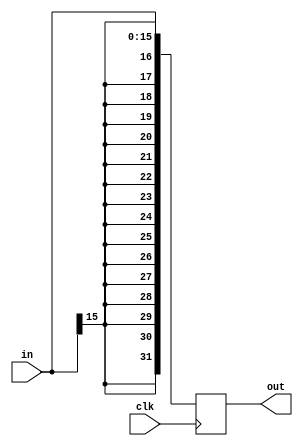
`timescale 1ns / 1ps
//////////////////////////////////////////////////////////////////////////////////
// Company: 
// Engineer: 
// 
// Design Name: 
// Module Name:    signExtend 
// Project Name: 
// Target Devices: 
// Tool versions: 
// Description: 
//
// Dependencies: 
//
// Revision: 
// Revision 0.01 - File Created
// Additional Comments: 
//
//////////////////////////////////////////////////////////////////////////////////
module signExtend(
	input wire [15:0]in,
	output reg [31:0]out,
	
	input wire clk
    );
	 
	 always@(posedge clk)
	 begin
	 
	 out <= $signed(in);
	 
	 end


endmodule